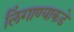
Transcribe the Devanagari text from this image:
लिंगाण्याकडे